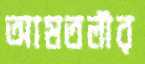
আমতলীর